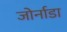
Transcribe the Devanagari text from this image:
जोर्नाडा